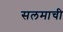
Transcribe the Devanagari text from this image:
सलमाची